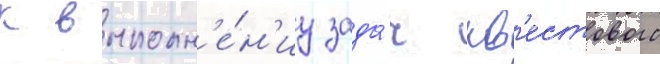
к выполн'е́н'иу зада́ч кв'естового